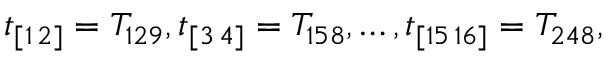
t _ { [ 1 \, 2 ] } = T _ { 1 2 9 } , t _ { [ 3 \, 4 ] } = T _ { 1 5 8 } , \ldots , t _ { [ 1 5 \, 1 6 ] } = T _ { 2 4 8 } ,